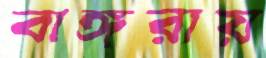
বাঙ্গরায়